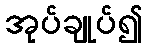
အုပ်ချုပ်၍